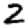
Digit: 2